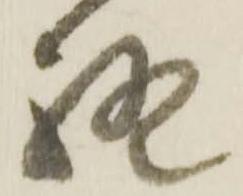
終